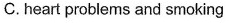
C.heart problems and smoking